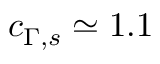
c _ { \Gamma , s } \simeq 1 . 1